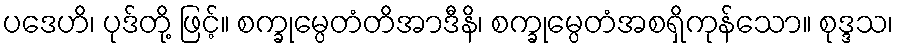
ပဒေဟိ၊ ပုဒ်တို့ ဖြင့်။ စက္ခုမ္ပေတံတိအာဒီနိ၊ စက္ခုမ္ပေတံအစရှိကုန်သော။ စုဒ္ဒသ၊